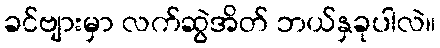
ခင်ဗျားမှာ လက်ဆွဲအိတ် ဘယ်နှခုပါလဲ။